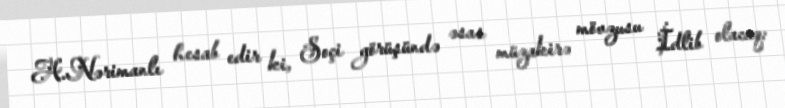
A.Nərimanlı hesab edir ki, Soçi görüşündə əsas müzakirə mövzusu İdlib olacaq: